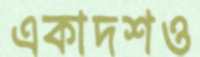
একাদশও